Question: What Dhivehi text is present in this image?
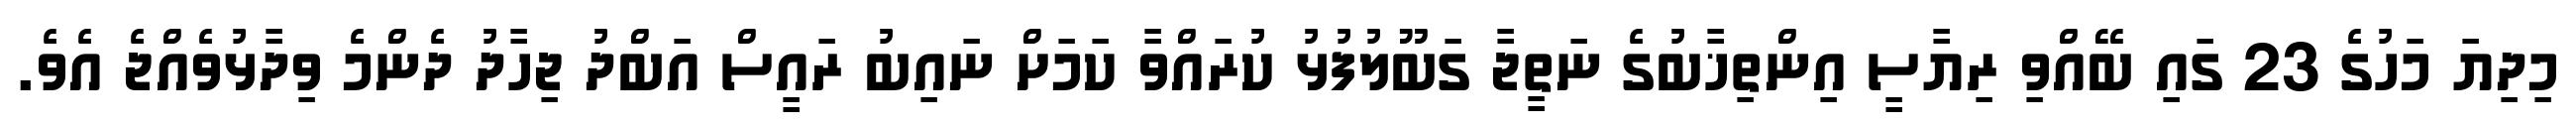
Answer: މިދިޔަ މަހުގެ 23 ގައި ބޭއްވި ރިޔާސީ އިންތިޚާބުގެ ނަތީޖާ ގަބޫލުފުޅު ކުރައްވާ ކަމަށް ނައިބު ރައީސް އަބްދު ޖިހާދު ދެންމެ ވިދާޅުވެއްޖެ އެވެ.